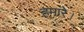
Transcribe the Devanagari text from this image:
हमारे।